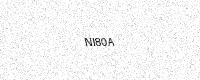
Text: NI80A